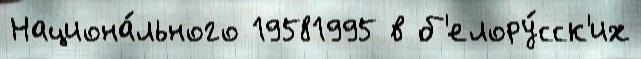
Национа́льного 19581995 в б'елору́сск'их